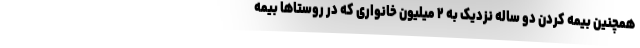
همچنین بیمه کردن دو ساله نزدیک به ۲ میلیون خانواری که در روستاها بیمه